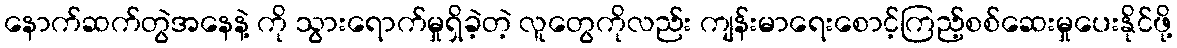
နောက်ဆက်တွဲအနေနဲ့ ကို သွားရောက်မှုရှိခဲ့တဲ့ လူတွေကိုလည်း ကျန်းမာရေးစောင့်ကြည့်စစ်ဆေးမှုပေးနိုင်ဖို့